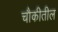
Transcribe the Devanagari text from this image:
चौकीतील